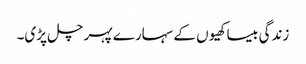
زندگی بیساکھیوں کے سہارے پہر چل پڑی۔